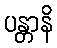
ပန္တာနိ